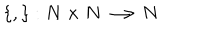
\left\{ , \right\} : N \times N \longrightarrow N